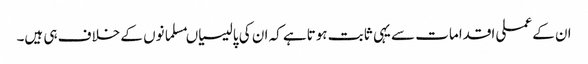
ان کے عملی اقدامات سے یہی ثابت ہوتاہے کہ ان کی پالیسیاںمسلمانوں کے خلاف ہی ہیں۔